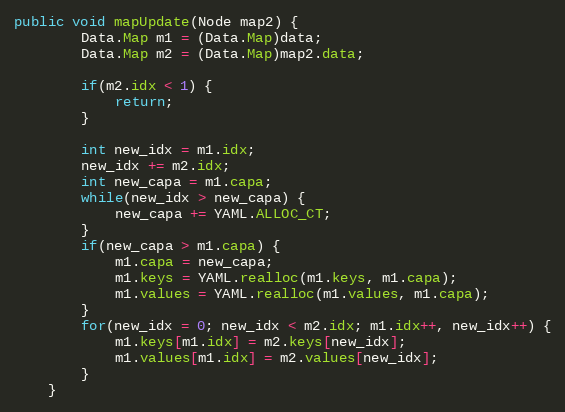
Language: Java
public void mapUpdate(Node map2) {
        Data.Map m1 = (Data.Map)data;
        Data.Map m2 = (Data.Map)map2.data;

        if(m2.idx < 1) {
            return;
        }

        int new_idx = m1.idx;
        new_idx += m2.idx;
        int new_capa = m1.capa;
        while(new_idx > new_capa) {
            new_capa += YAML.ALLOC_CT;
        }
        if(new_capa > m1.capa) {
            m1.capa = new_capa;
            m1.keys = YAML.realloc(m1.keys, m1.capa);
            m1.values = YAML.realloc(m1.values, m1.capa);
        }
        for(new_idx = 0; new_idx < m2.idx; m1.idx++, new_idx++) {
            m1.keys[m1.idx] = m2.keys[new_idx];
            m1.values[m1.idx] = m2.values[new_idx];
        }
    }